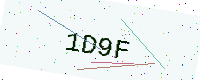
Text: 1D9F